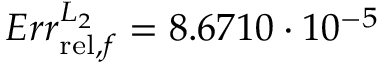
E r r _ { \mathrm { r e l } , f } ^ { L _ { 2 } } = 8 . 6 7 1 0 \cdot 1 0 ^ { - 5 }